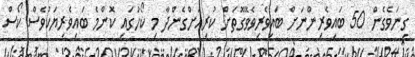
ގިނަވެގެން 50 ބައިވެރިންނަށް ބައިވެރިވެވޭގޮތަށް ކުރިއަށްގެންދާ މި ކޯހުގައި ކޮންމެ ބައިވެރިޔަކުވެސް ކޯސް